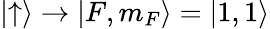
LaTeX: |{\uparrow}\rangle\rightarrow|{F,m_{F}}\rangle=|{1,1}\rangle